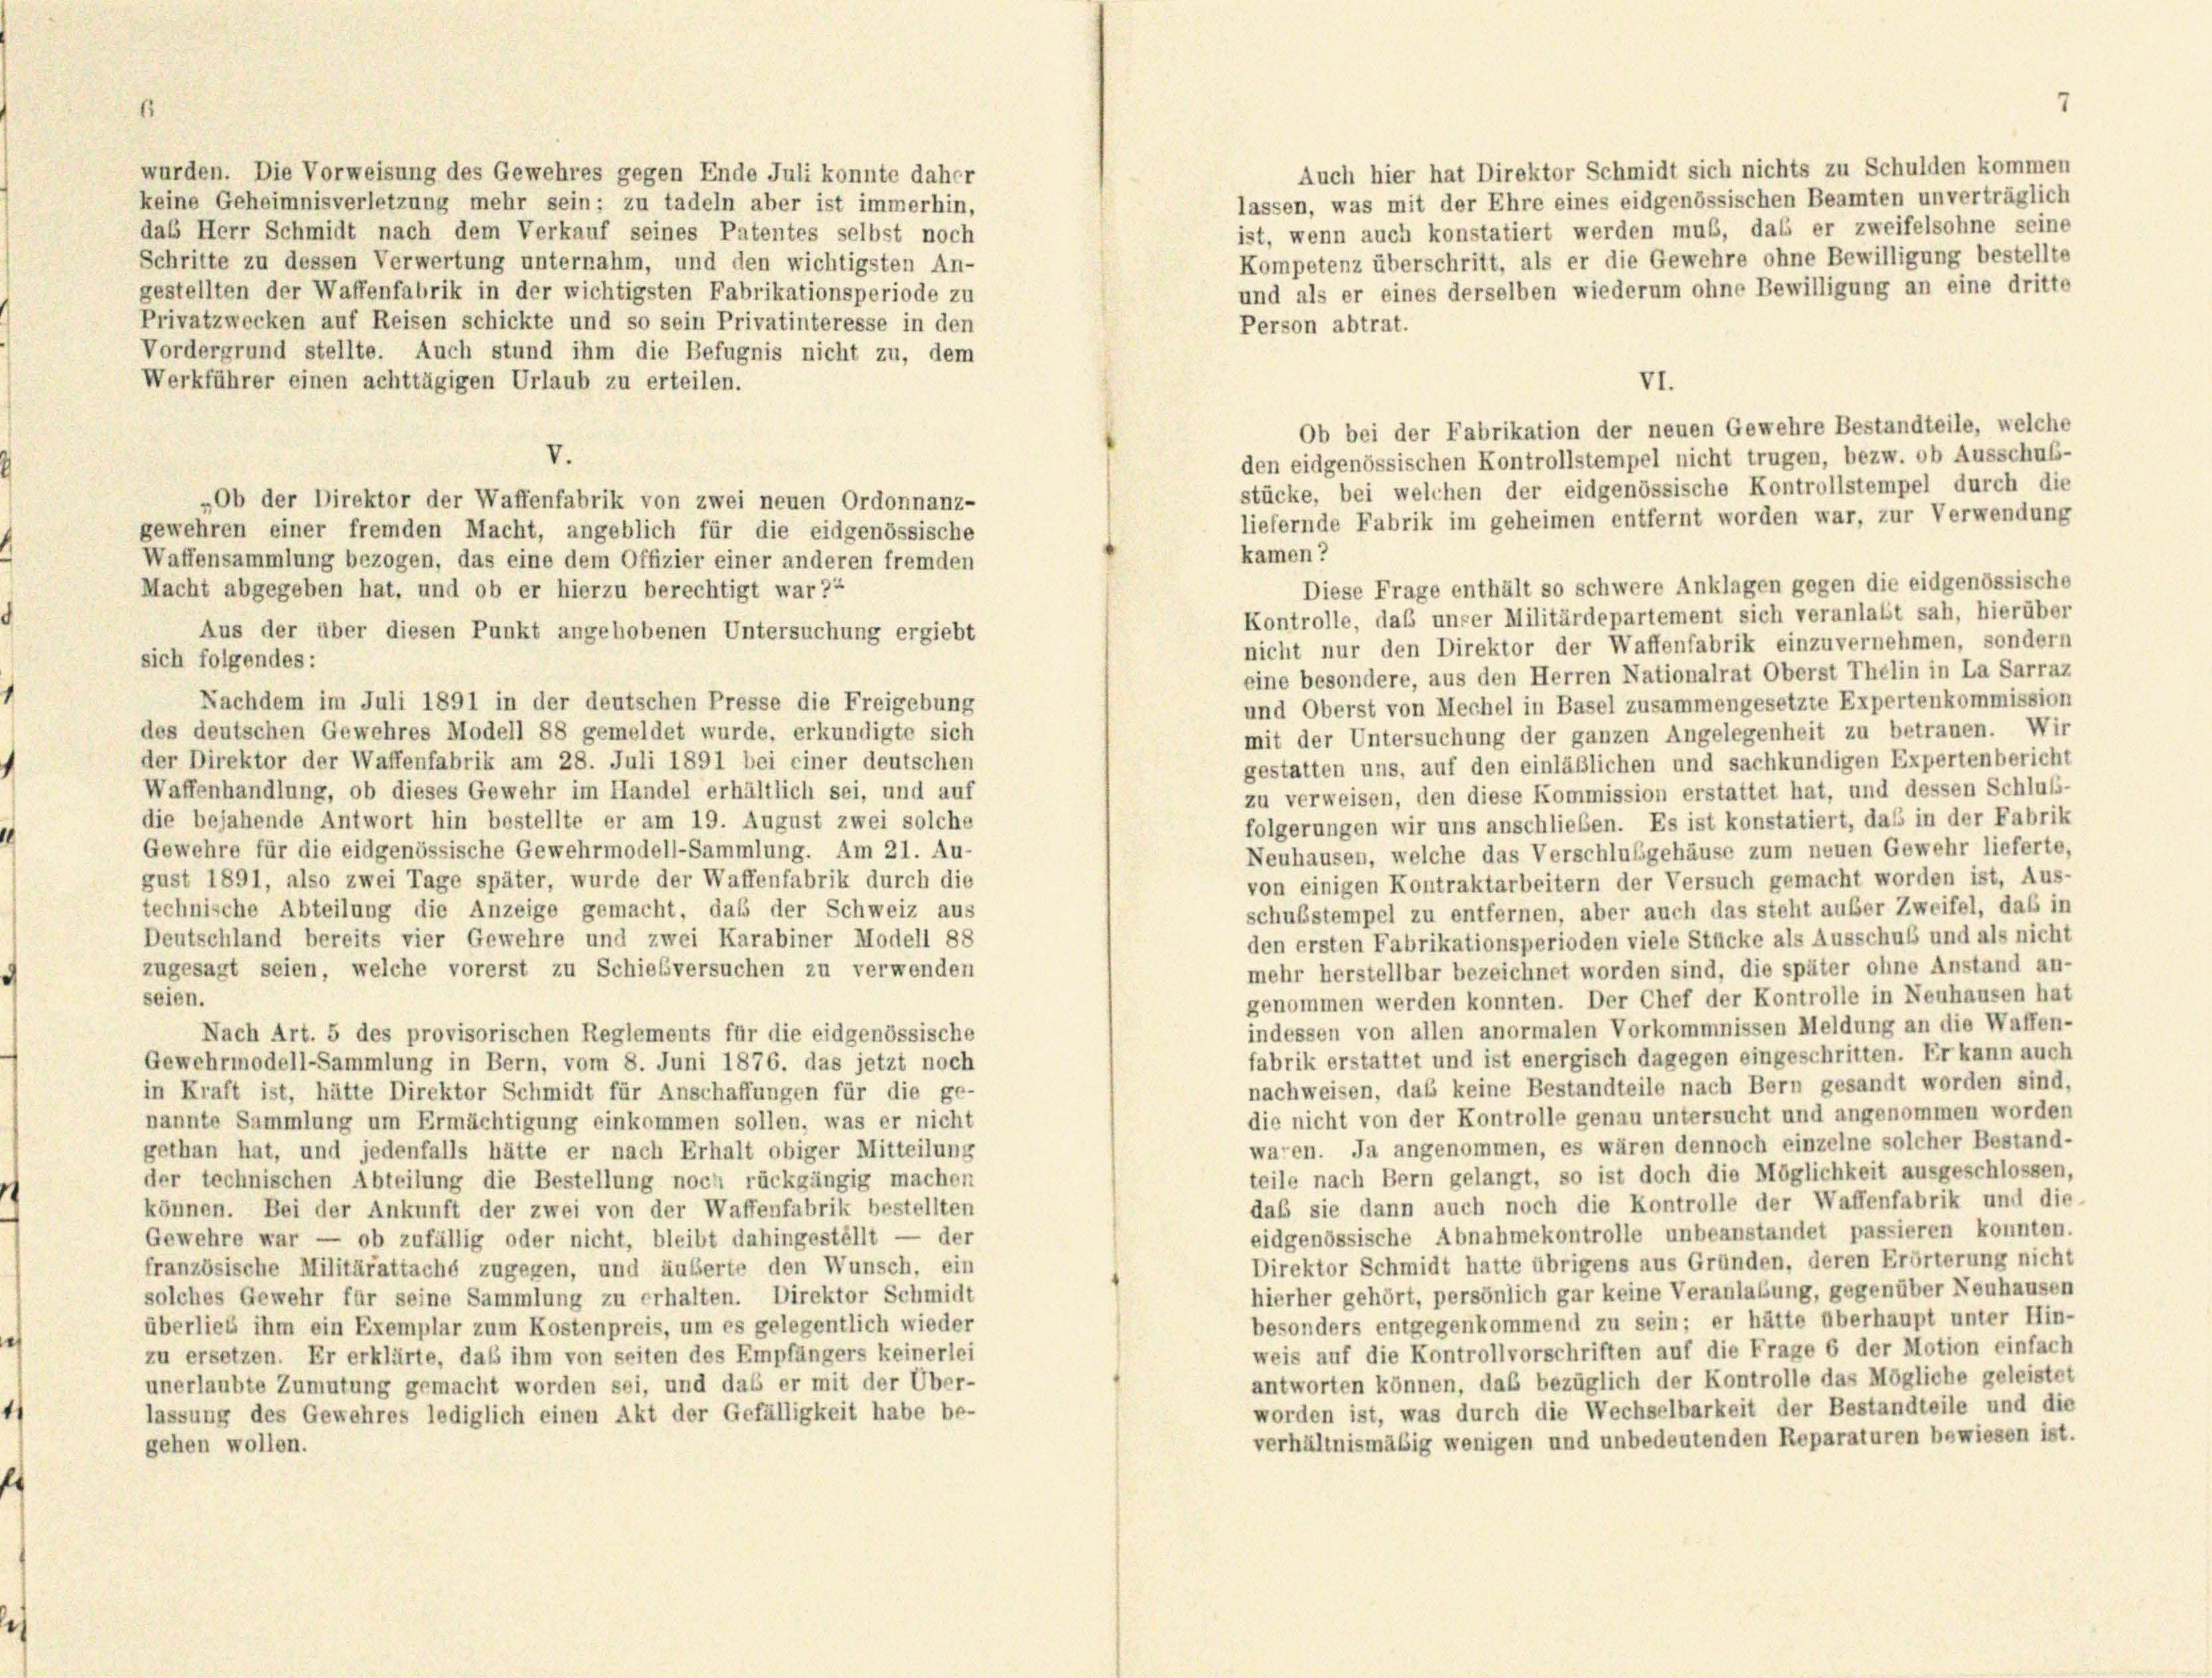
Auch hier hat Direktor Schmidt sich nichts zu Schulden kommen
wurden. Die Vorweisung des Gewehres gegen Ende Juli konnte daher
lassen, was mit der Ehre eines eidgenössischen Beamten unverträglich
keine Geheimnisverletzung mehr sein; zu tadeln aber ist immerhin,
ist, wenn auch konstatiert werden muß, das er zweifelsohne seine
das Herr Schmidt nach dem Verkauf seines Patentes selbst noch
Kompetenz überschritt, als er die Gewehre ohne Bewilligung bestellte
Schritte zu dessen Verwertung unternahm, und den wichtigsten An-
und als er eines derselben wiederum ohne Bewilligung an eine dritte
gestellten der Waffenfabrik in der wichtigsten Fabrikationsperiode zu
Privatzwecken auf Reisen schickte und so sein Privatinteresse in den
Person abtrat.
Vordergrund stellte. Auch stund ihm die Befugnis nicht zu, dem
VI.
Werkführer einen achttägigen Urlaub zu erteilen.
Ob bei der Fabrikation der neuen Gewehre Bestandteile, welche
V.
den eidgenössischen Kontrollstempel nicht trugen, bezw. ob Ausschuß-
stücke, bei welchen der eidgenössische Kontrollstempel durch die
„Ob der Direktor der Waffenfabrik von zwei neuen Ordonnanz-
liefernde Fabrik im geheimen entfernt worden war, zur Verwendung
gewehren einer fremden Macht, angeblich für die eidgenössische
kamen?
Waffensammlung bezogen, das eine dem Offizier einer anderen fremden
Diese Frage enthält so schwere Anklagen gegen die eidgenössische
Macht abgegeben hat, und ob er hierzu berechtigt war??
Kontrolle, daß unser Militärdepartement sich veranlaßt sah, hierüber
Aus der über diesen Punkt angehobenen Untersuchung ergiebt
nicht nur den Direktor der Waffenfabrik einzuvernehmen, sondern
sich folgendes:
eine besondere, aus den Herren Nationalrat Oberst Thelin in La Sarraz
Nachdem im Juli 1891 in der deutschen Presse die Freigebung
und Oberst von Mechel in Basel zusammengesetzte Expertenkommission
des deutschen Gewehres Modell 88 gemeldet wurde, erkundigte sich
mit der Untersuchung der ganzen Angelegenheit zu betrauen. Wir
der Direktor der Waffenfabrik am 28. Juli 1891 bei einer deutschen
gestatten uns, auf den einläßlichen und sachkundigen Expertenbericht
Waffenhandlung, ob dieses Gewehr im Handel erhältlich sei, und auf
zu verweisen, den diese Kommission erstattet hat, und dessen Schluß-
die bejahende Antwort hin bestellte er am 19. August zwei solche
folgerungen wir uns anschlieben. Es ist konstatiert, das in der Fabrik
Gewehre für die eidgenössische Gewehrmodell-Sammlung. Am 21. Au-
Neuhausen, welche das Verschlussgehäuse zum neuen Gewehr lieferte,
gust 1891, also zwei Tage später, wurde der Waffenfabrik durch die
von einigen Kontraktarbeitern der Versuch gemacht worden ist, Aus-
technische Abteilung die Anzeige gemacht, daß der Schweiz aus
schußstempel zu entfernen, aber auch das steht außer Zweifel, das in
Deutschland bereits vier Gewehre und zwei Karabiner Modell 88
den ersten Fabrikationsperioden viele Stücke als Ausschub und als nicht
zugesagt seien, welche vorerst zu Schießversuchen zu verwenden
mehr herstellbar bezeichnet worden sind, die später ohne Anstand an-
seien.
genommen werden konnten. Der Chef der Kontrolle in Neuhausen hat
indessen von allen anormalen Vorkommnissen Meldung an die Waffen-
Nach Art. 5 des provisorischen Reglements für die eidgenössische
fabrik erstattet und ist energisch dagegen eingeschritten. Er kann auch
Gewehrmodell-Sammlung in Bern, vom 8. Juni 1876. das jetzt noch
nachweisen, das keine Bestandteile nach Bern gesandt worden sind,
in Kraft ist, hätte Direktor Schmidt für Anschaffungen für die ge-
die nicht von der Kontrolle genau untersucht und angenommen worden
nannte Sammlung um Ermächtigung einkommen sollen, was er nicht
waren. Ja angenommen, es wären dennoch einzelne solcher Bestand-
gethan hat, und jedenfalls hätte er nach Erhalt obiger Mitteilung
teile nach Bern gelangt, so ist doch die Möglichkeit ausgeschlossen,
der technischen Abteilung die Bestellung noch rückgängig machen
daß sie dann auch noch die Kontrolle der Waffenfabrik und die
können. Bei der Ankunft der zwei von der Waffenfabrik bestellten
eidgenössische Abnahmekontrolle unbeanstandet passieren konnten.
Gewehre war — ob zufällig oder nicht, bleibt dahingestellt — der
Direktor Schmidt hatte übrigens aus Gründen, deren Erörterung nicht
französische Militärattaché zugegen, und äußerte den Wunsch, ein
hierher gehört, persönlich gar keine Veranlassung, gegenüber Neuhausen
solches Gewehr für seine Sammlung zu erhalten. Direktor Schmidt
besonders entgegenkommend zu sein; er hätte überhaupt unter Hin-
überlieb ihm ein Exemplar zum Kostenpreis, um es gelegentlich wieder
weis auf die Kontrollvorschriften auf die Frage 6 der Motion einfach
zu ersetzen. Er erklärte, daß ihm von seiten des Empfängers keinerlei
antworten können, daß bezüglich der Kontrolle das Mögliche geleistet
unerlaubte Zumutung gemacht worden sei, und das er mit der Über-
worden ist, was durch die Wechselbarkeit der Bestandteile und die
lassung des Gewehres lediglich einen Akt der Gefälligkeit habe be-
verhältnismäßig wenigen und unbedeutenden Reparaturen bewiesen ist.
gehen wollen.